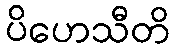
ပိဟေသီတိ